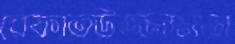
রেফাতউজ্জামান